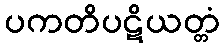
ပကတိပဋိယတ္တံ